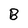
Character: B